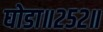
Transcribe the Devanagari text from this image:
घोडा॥२५२॥